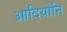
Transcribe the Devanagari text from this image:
आदियोनि